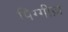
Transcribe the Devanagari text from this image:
पिग्गीज़